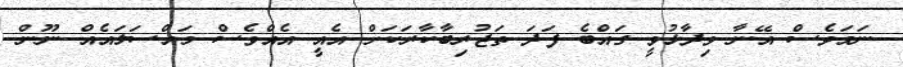
ނަމަވެސް އޭނާ ވިދާޅުވީ ގައްބެ ފަދަ ތަޖުރިބާކާރަކަށް އެއީ އެއްވެސް މައްސަލައެއް ނޫން